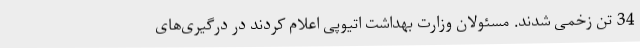
34 تن زخمی شدند. مسئولان وزارت بهداشت اتیوپی اعلام کردند در درگیری‌های